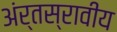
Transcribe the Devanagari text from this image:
अंर्तस्रावीय